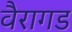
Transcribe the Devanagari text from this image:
वैरागड